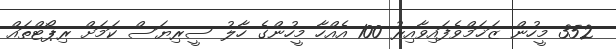
352 މީހުން ޒަޚަމްވެފައިވާއިރު 100 އެއްހާ މީހުންގެ ހާލު ސީރިޔަސް ކަމަށް ރިޕޯޓްތައް